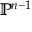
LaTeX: \mathbb { P } ^ { n - 1 }